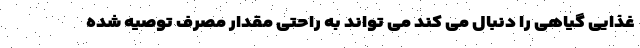
غذایی گیاهی را دنبال می کند می تواند به راحتی مقدار مصرف توصیه شده